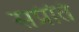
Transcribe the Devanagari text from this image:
सप्रंति